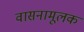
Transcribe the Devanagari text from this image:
वासनामूलक